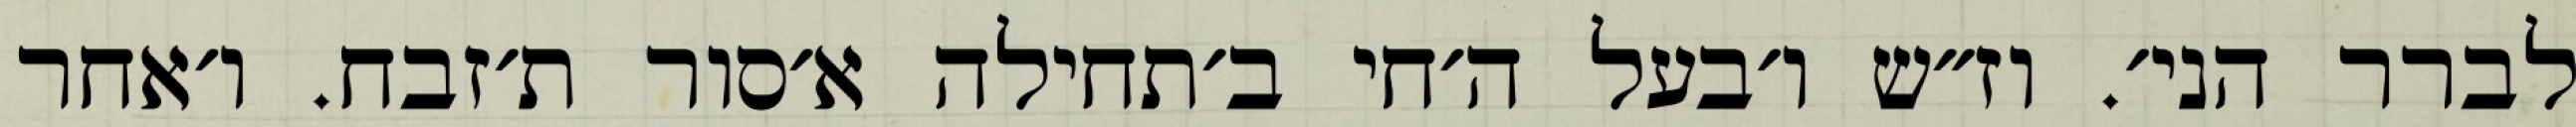
לברר הני׳. וז״ש ו׳בעל ה׳חי ב׳תחילה א׳סור ת׳זבח. ו׳אחר